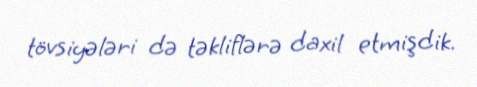
tövsiyələri də təkliflərə daxil etmişdik.